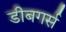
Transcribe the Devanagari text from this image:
डीबगर्स